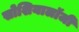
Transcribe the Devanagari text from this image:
सोशियालॉजी